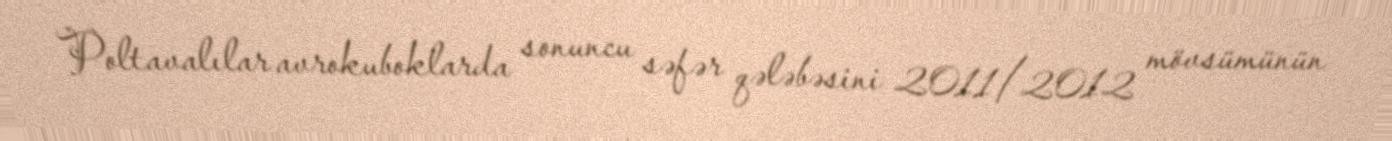
Poltavalılar avrokuboklarda sonuncu səfər qələbəsini 2011/2012 mövsümünün